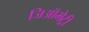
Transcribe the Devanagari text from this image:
जिऑमेट्री